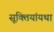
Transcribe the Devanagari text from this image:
सूक्तियांयथा